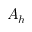
A _ { h }